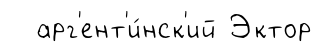
арг'ент'и́нск'ий Эктор